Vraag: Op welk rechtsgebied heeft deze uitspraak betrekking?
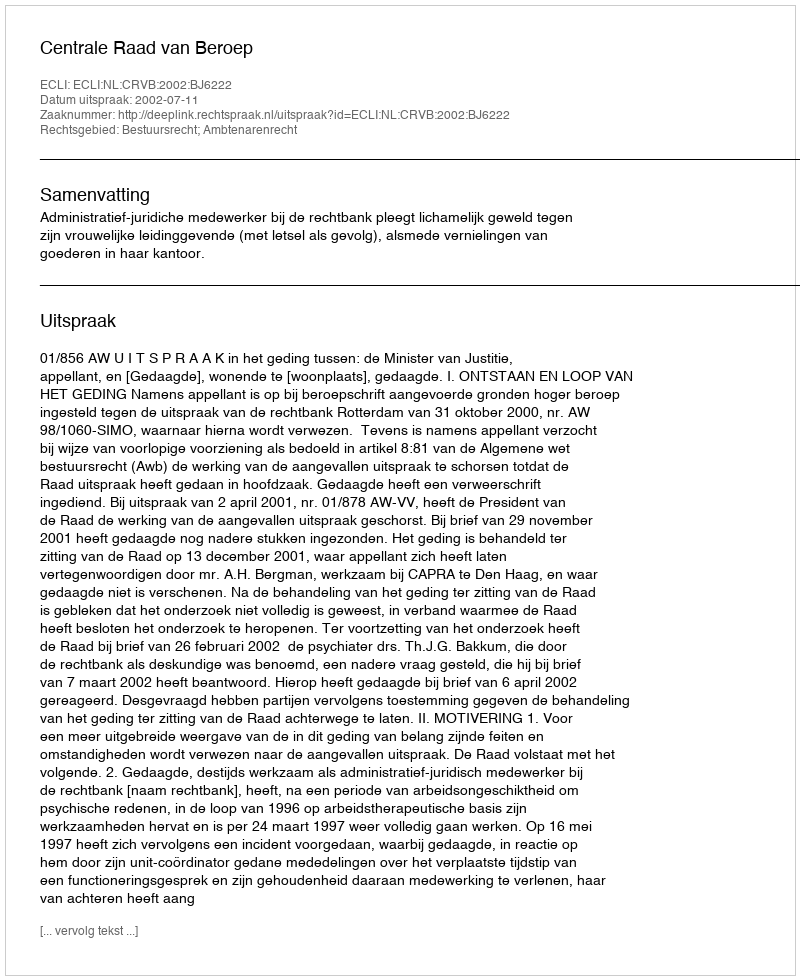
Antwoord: Bestuursrecht; Ambtenarenrecht